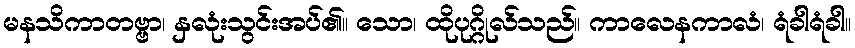
မနသိကာတဗ္ဗာ၊ နှလုံးသွင်းအပ်၏။ သော၊ ထိုပုဂ္ဂိုလ်သည်။ ကာလေနကာလံ၊ ရံခါရံခါ။